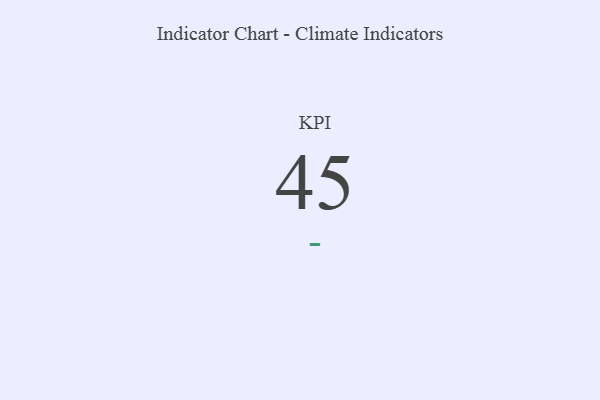
{"axis": {"x": "KPI", "y": "Value"}, "legend": [""], "data": [{"x": "KPI", "y": 45, "type": ""}]}